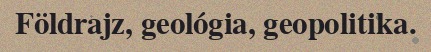
Földrajz, geológia, geopolitika.